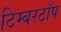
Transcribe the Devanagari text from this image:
टिम्बरटॉप